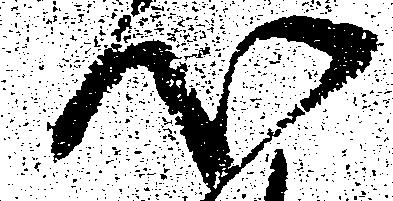
心